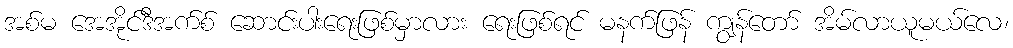
အစ်မ အေအိုင်ဒီအက်စ် ဆောင်းပါးရေးဖြစ်မှာလား ရေးဖြစ်ရင် မနက်ဖြန် ကျွန်တော် အိမ်လာယူမယ်လေ၊